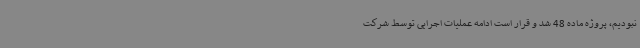
نبودیم، پروژه ماده 48 شد و قرار است ادامه عملیات اجرایی توسط شرکت